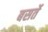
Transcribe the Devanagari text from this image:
बसर्ते